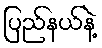
ပြည်နယ်နဲ့